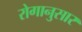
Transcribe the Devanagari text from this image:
रोगानुसार